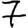
Digit: 7